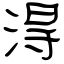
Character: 淂